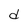
Character: d